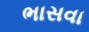
ભાસવા